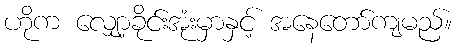
ဟိုက လျှော့ခိုင်းအုံးမှာနှင့် အနေတော်ကျမည်။